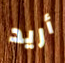
أريد